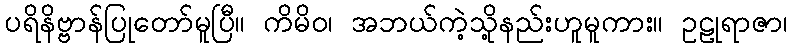
ပရိနိဗ္ဗာန်ပြုတော်မူပြီ။ ကိမိဝ၊ အဘယ်ကဲ့သို့နည်းဟူမူကား။ ဥဠုရာဇာ၊